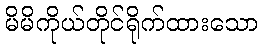
မိမိကိုယ်တိုင်ရိုက်ထားသော